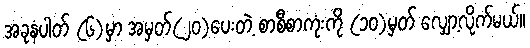
အခုနံပါတ် (၆)မှာ အမှတ်(၂၀)ပေးတဲ့ စာစီစာကုံးကို (၁၀)မှတ် လျှော့လိုက်မယ်။